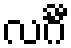
လင်္ဂီ